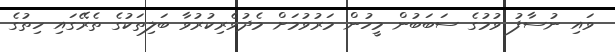
ވައި ނުސާފު ވުމުގެ ސަބަބުން މީހުން މަރުވުމަށް މެދުވެރިކުރުވާ ބަލިތަކުގެ ތެރޭގައި ހިތުގެ